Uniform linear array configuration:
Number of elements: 8
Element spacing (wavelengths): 1
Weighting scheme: blackman
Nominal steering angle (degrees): -60
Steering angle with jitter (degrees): -58.717
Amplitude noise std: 0.05
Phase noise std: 0.05

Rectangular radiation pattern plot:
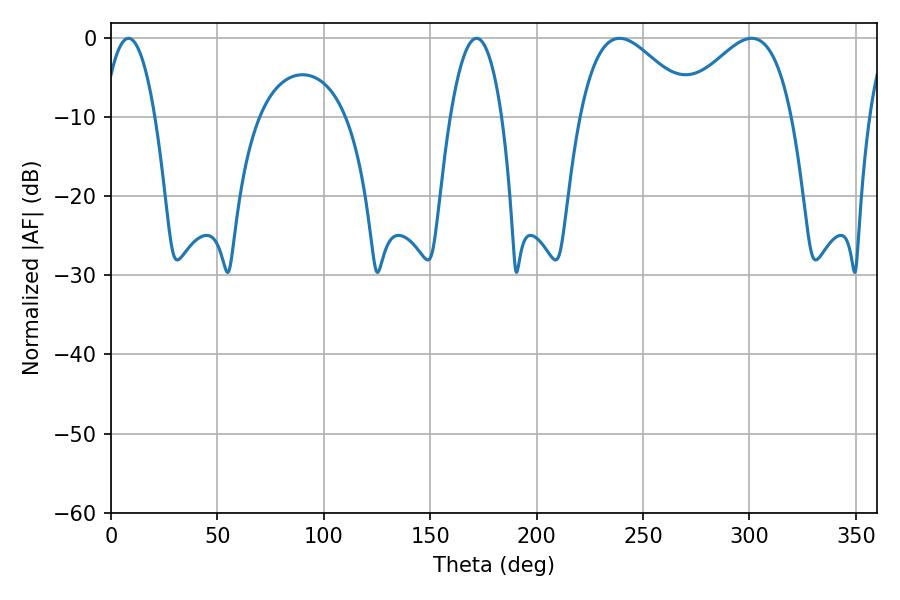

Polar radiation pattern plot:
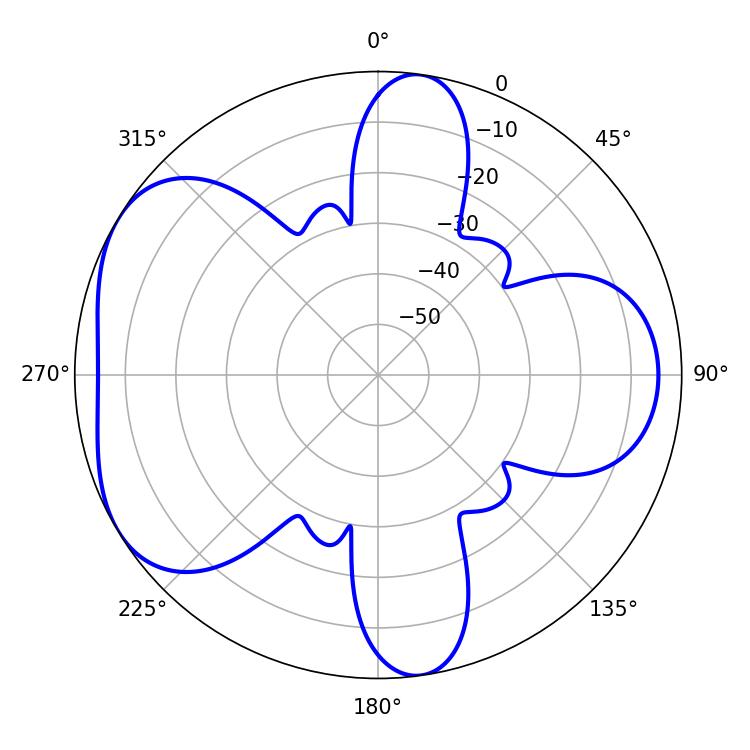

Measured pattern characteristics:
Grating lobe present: TRUE
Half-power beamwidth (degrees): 28.98
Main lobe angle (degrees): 239.04